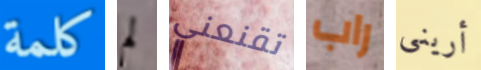
كلمة لم تقنعني راب أريني